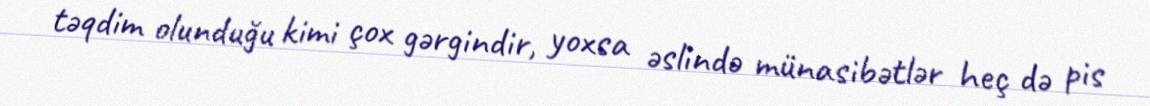
təqdim olunduğu kimi çox gərgindir, yoxsa əslində münasibətlər heç də pis